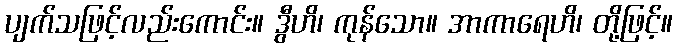
ပျက်သဖြင့်လည်းကောင်း။ ဒွီဟိ၊ ကုန်သော။ အာကာရေဟိ၊ တို့ဖြင့်။